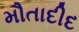
મૌતાદીદ